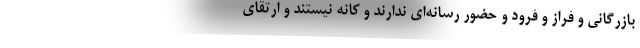
بازرگانی و فراز و فرود و حضور رسانه‌ای ندارند و کانّه نیستند و ارتقای